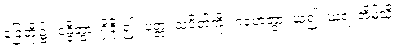
ခြေတို့၌။ ဝန္ဒိတွာ၊ ရှိခိုး၍။ ပတ္တံ၊ သပိတ်ကို။ ဂဟေတွာ၊ ယူ၍။ ဃရံ၊ အိမ်သို့။